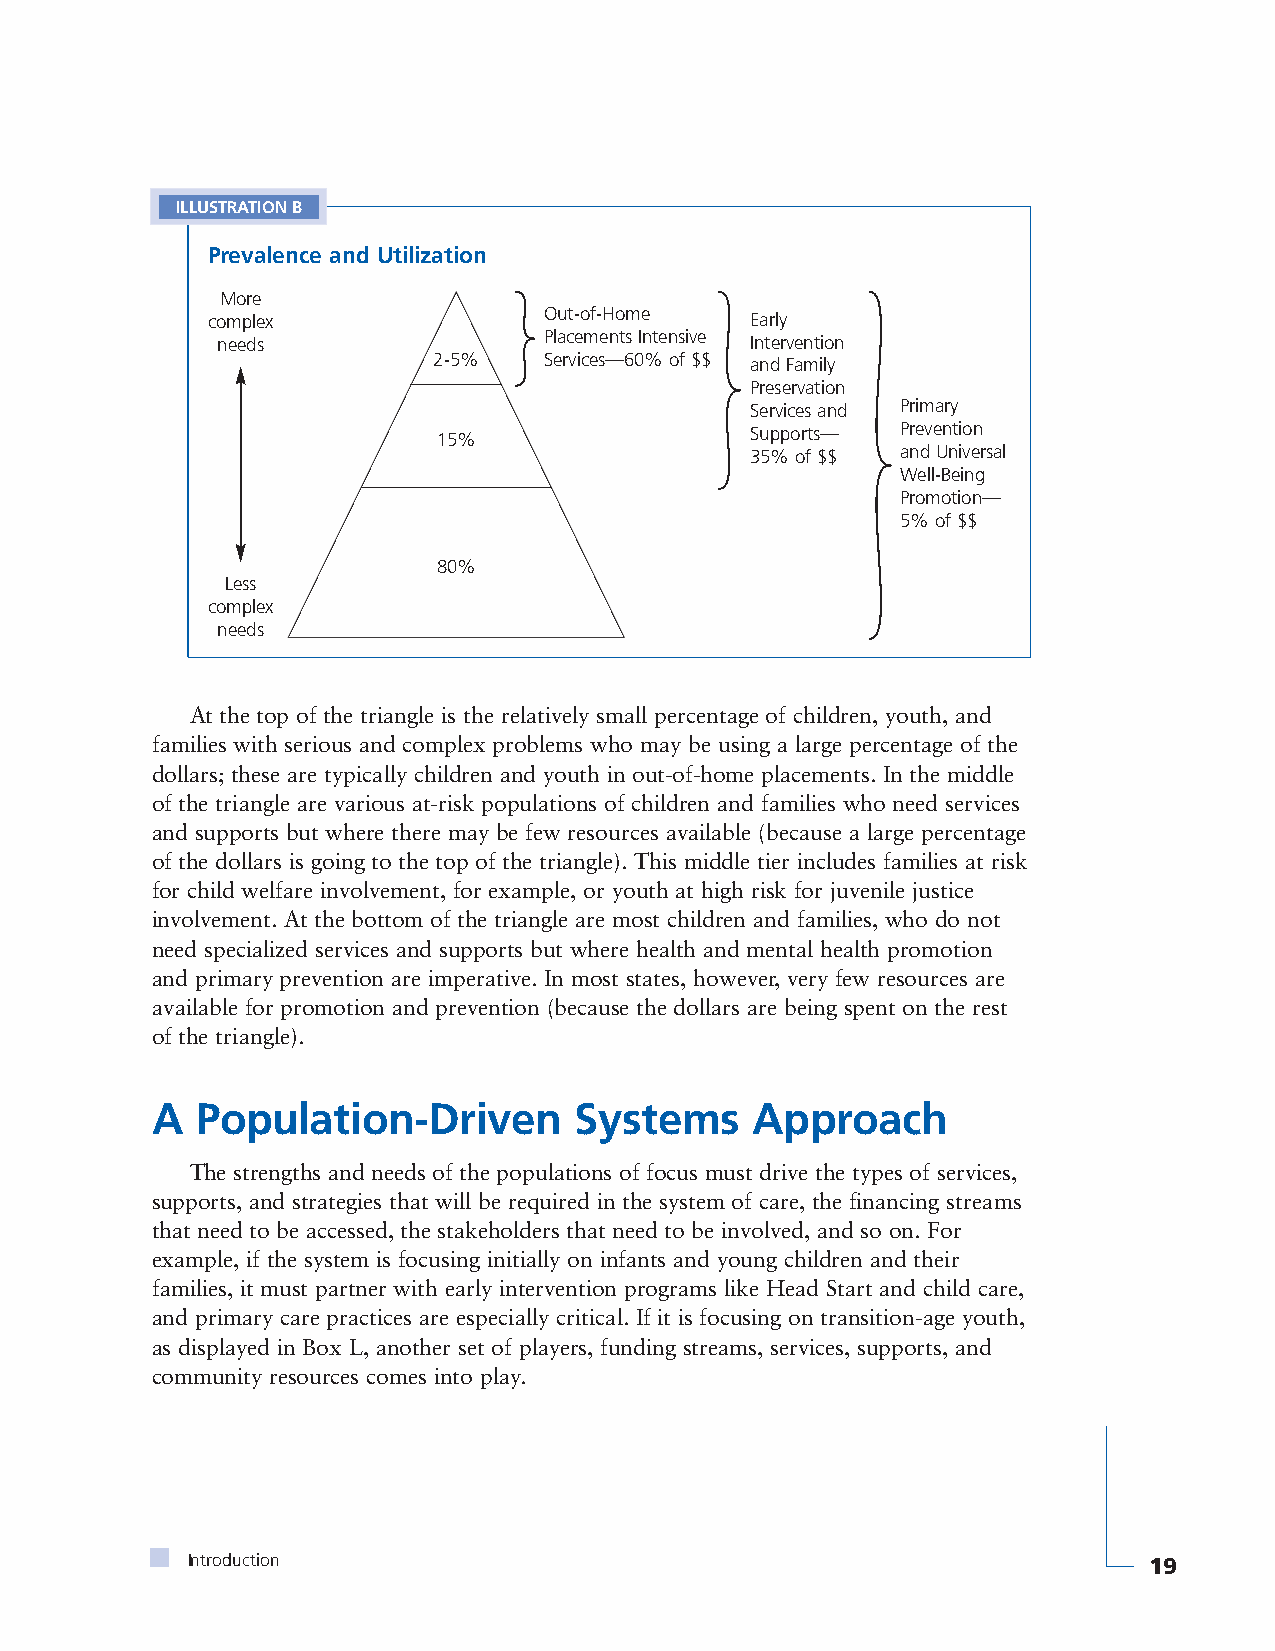
ILLUSTRATION B
 Prevalence and Utilization
 More
 complex               Out-of-Home   Early
 needs                 Placements Intensive Intervention
 2-5%   Services—60% of $$ and Family
 Preservation
 Services and Primary
 15%                  Supports— Prevention
 35% of $$ and Universal
 Well-Being
 Promotion—
 5% of $$
 80%
 Less
 complex
 needs
 At the top of the triangle is the relatively small percentage of children, youth, and
 families with serious and complex problems who may be using a large percentage of the
 dollars; these are typically children and youth in out-of-home placements. In the middle
 of the triangle are various at-risk populations of children and families who need services
 and supports but where there may be few resources available (because a large percentage
 of the dollars is going to the top of the triangle). This middle tier includes families at risk
 for child welfare involvement, for example, or youth at high risk for juvenile justice
 involvement. At the bottom of the triangle are most children and families, who do not
 need specialized services and supports but where health and mental health promotion
 and primary prevention are imperative. In most states, however, very few resources are
 available for promotion and prevention (because the dollars are being spent on the rest
 of the triangle).
 A  Population-Driven        Systems     Approach
 The strengths and needs of the populations of focus must drive the types of services,
 supports, and strategies that will be required in the system of care, the financing streams
 that need to be accessed, the stakeholders that need to be involved, and so on. For
 example, if the system is focusing initially on infants and young children and their
 families, it must partner with early intervention programs like Head Start and child care,
 and primary care practices are especially critical. If it is focusing on transition-age youth,
 as displayed in Box L, another set of players, funding streams, services, supports, and
 community resources comes into play.
 Introduction                                                    19